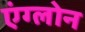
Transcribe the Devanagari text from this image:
एंग्लोन